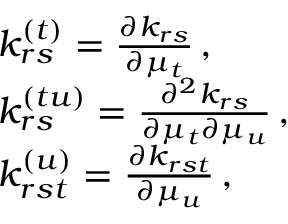
\begin{array} { r l } & { k _ { r s } ^ { ( t ) } = \frac { \partial k _ { r s } } { \partial \mu _ { t } } \, , } \\ & { k _ { r s } ^ { ( t u ) } = \frac { \partial ^ { 2 } k _ { r s } } { \partial \mu _ { t } \partial \mu _ { u } } \, , } \\ & { k _ { r s t } ^ { ( u ) } = \frac { \partial k _ { r s t } } { \partial \mu _ { u } } \, , } \end{array}